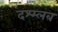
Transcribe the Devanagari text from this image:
दश्म्लब